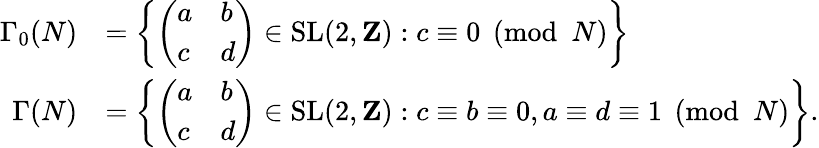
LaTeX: {\begin{array}{rl}{\Gamma_{0}(N)}&{=\left\{ {\left(\begin{array}{ll}{a}&{b}\\ {c}&{d}\end{array}\right)}\in{\mathrm{SL}}(2,\mathbf{Z}):c\equiv 0{\pmod{N}}\right\} }\\ {\Gamma(N)}&{=\left\{ {\left(\begin{array}{ll}{a}&{b}\\ {c}&{d}\end{array}\right)}\in{\mathrm{SL}}(2,\mathbf{Z}):c\equiv b\equiv 0,a\equiv d\equiv 1{\pmod{N}}\right\} .}\end{array}}